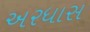
અરધાસ